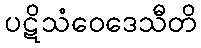
ပဋိသံဝေဒေသီတိ